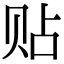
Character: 贴